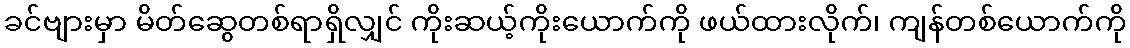
ခင်ဗျားမှာ မိတ်ဆွေတစ်ရာရှိလျှင် ကိုးဆယ့်ကိုးယောက်ကို ဖယ်ထားလိုက်၊ ကျန်တစ်ယောက်ကို